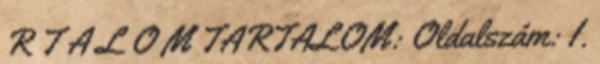
R T A L O M TARTALOM: Oldalszám: I.